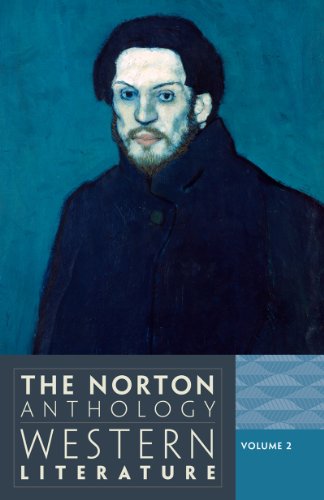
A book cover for The Norton Anthology of Western Literature, Vol. 2; Reference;